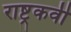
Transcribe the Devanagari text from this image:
राष्ट्रकवी